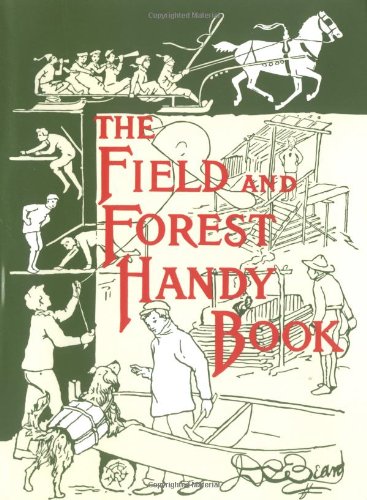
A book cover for The Field and Forest Handy Book: New Ideas for Out of Doors (Nonpareil Book); Daniel Carter Beard; Teen & Young Adult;